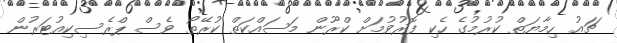
ޗައު ހިމާޔަތް ކުރުމުގެ ހެކި ފޮރުވުމަށް ކްރޫން މަސައްކަތް ކުރޭތޯ ވެސް ޕްރެސިކިއުޓަރުން